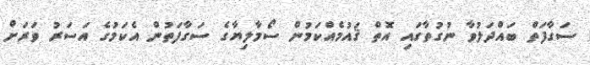
ސަގާފަތް ބައްދަލުވާ ނުގުތާގައި އޮތް ޤައުމެއްކަމުން ސޯމާލިޔާގެ ސަގާފަތުން އެކަމުގެ އަސަރު ވަރަށް